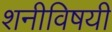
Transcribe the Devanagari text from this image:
शनीविषयी